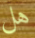
هل